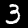
Label: 3